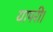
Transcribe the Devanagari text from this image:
यापरी।